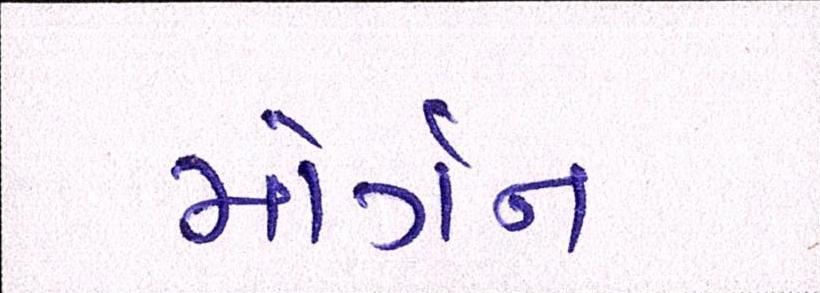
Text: મોર્ગન